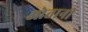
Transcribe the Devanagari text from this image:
ओतानी